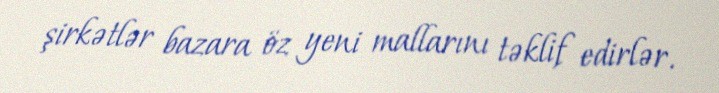
şirkətlər bazara öz yeni mallarını təklif edirlər.